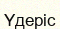
Үдеріс